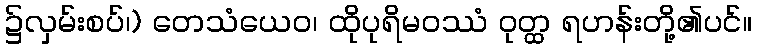
၌လှမ်းစပ်၊) တေသံယေဝ၊ ထိုပုရိမဝဿံ ဝုတ္ထ ရဟန်းတို့၏ပင်။